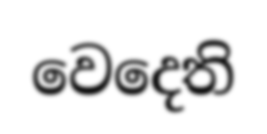
වෙදෙති